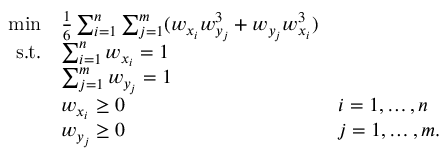
\begin{array} { r l l } { \displaystyle \operatorname* { m i n } } & { \frac 1 6 \sum _ { i = 1 } ^ { n } \sum _ { j = 1 } ^ { m } ( w _ { x _ { i } } w _ { y _ { j } } ^ { 3 } + w _ { y _ { j } } w _ { x _ { i } } ^ { 3 } ) } \\ { \mathrm { s . t . } } & { \sum _ { i = 1 } ^ { n } w _ { x _ { i } } = 1 } \\ & { \sum _ { j = 1 } ^ { m } w _ { y _ { j } } = 1 } \\ & { w _ { x _ { i } } \geq 0 } & { i = 1 , \ldots , n } \\ & { w _ { y _ { j } } \geq 0 } & { j = 1 , \ldots , m . } \end{array}